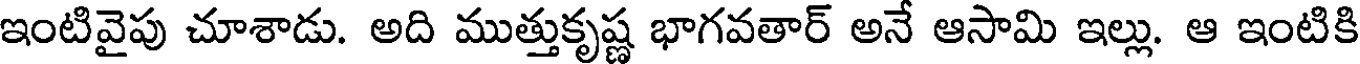
ఇంటివైపు చూశాడు. అది ముత్తుకృష్ణ భాగవతార్ అనే ఆసామి ఇల్లు. ఆ ఇంటికి